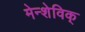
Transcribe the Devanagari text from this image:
मेन्शेविक्